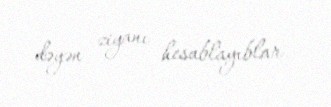
dəyən ziyanı hesablayıblar.